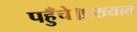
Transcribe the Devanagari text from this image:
पहुँचे।प्रख्यात